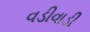
વડીવાડી